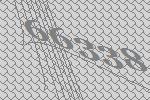
66338